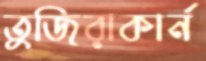
তুজিরাকার্ন